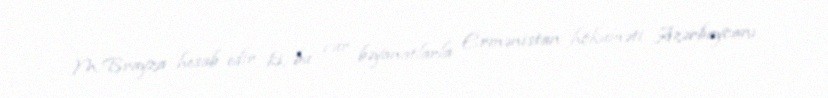
M.Brayza hesab edir ki, bu cür bəyanatlarla Ermənistan hökuməti Azərbaycanı